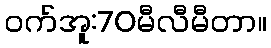
ဝက်အူ:70မီလီမီတာ။